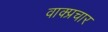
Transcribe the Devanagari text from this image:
वाक्‍प्रचार